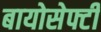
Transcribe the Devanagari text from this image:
बायोसेफ्टी